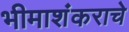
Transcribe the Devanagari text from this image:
भीमाशंकराचे